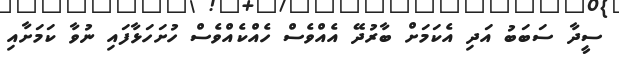
ސީދާ ސަބަބު އަދި އެކަމަށް ބާރުދޭ އެއްވެސް ހެއްކެއްވެސް ހުށަހަޅާފައި ނުވާ ކަމަށާއި